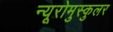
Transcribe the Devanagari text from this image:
न्यूरोमुस्कुलर